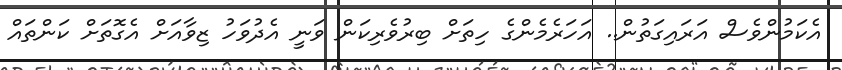
އެކަމުންވެސް އަރައިގަތުން.. އަހަރެމެންގެ ހިތަށް ބިރުވެރިކަން ވަނީ އެދުވަހު ޒިވާއަށް އެގޮތަށް ކަންތައް